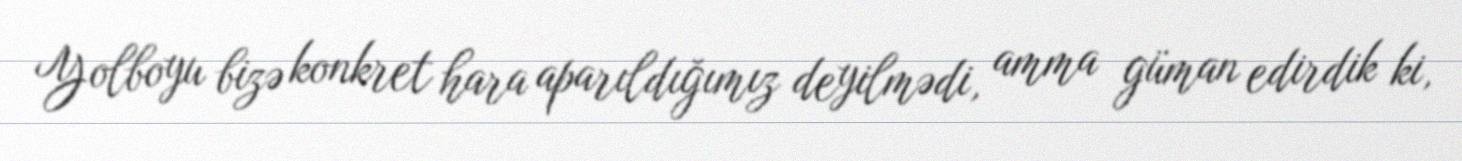
Yolboyu bizə konkret hara aparıldığımız deyilmədi, amma güman edirdik ki,